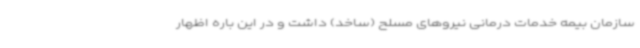
سازمان بیمه خدمات درمانی نیروهای مسلح (ساخد) داشت و در این باره اظهار